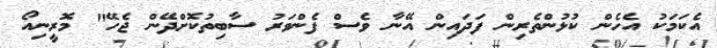
އެކަމަކު އެހެން ކުޅުންތެރިން ފަދައިން އޭނާ ވެސް ފެންވަރު ސާބިތުކޮށްދޭން ޖެހޭ" މޮރީނިއޯ